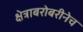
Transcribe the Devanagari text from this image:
क्षेत्राबरोबरीनेच